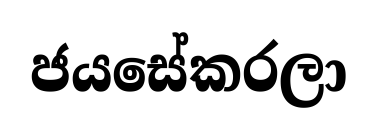
ජයසේකරලා